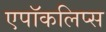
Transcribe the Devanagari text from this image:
एपॉकलिप्स